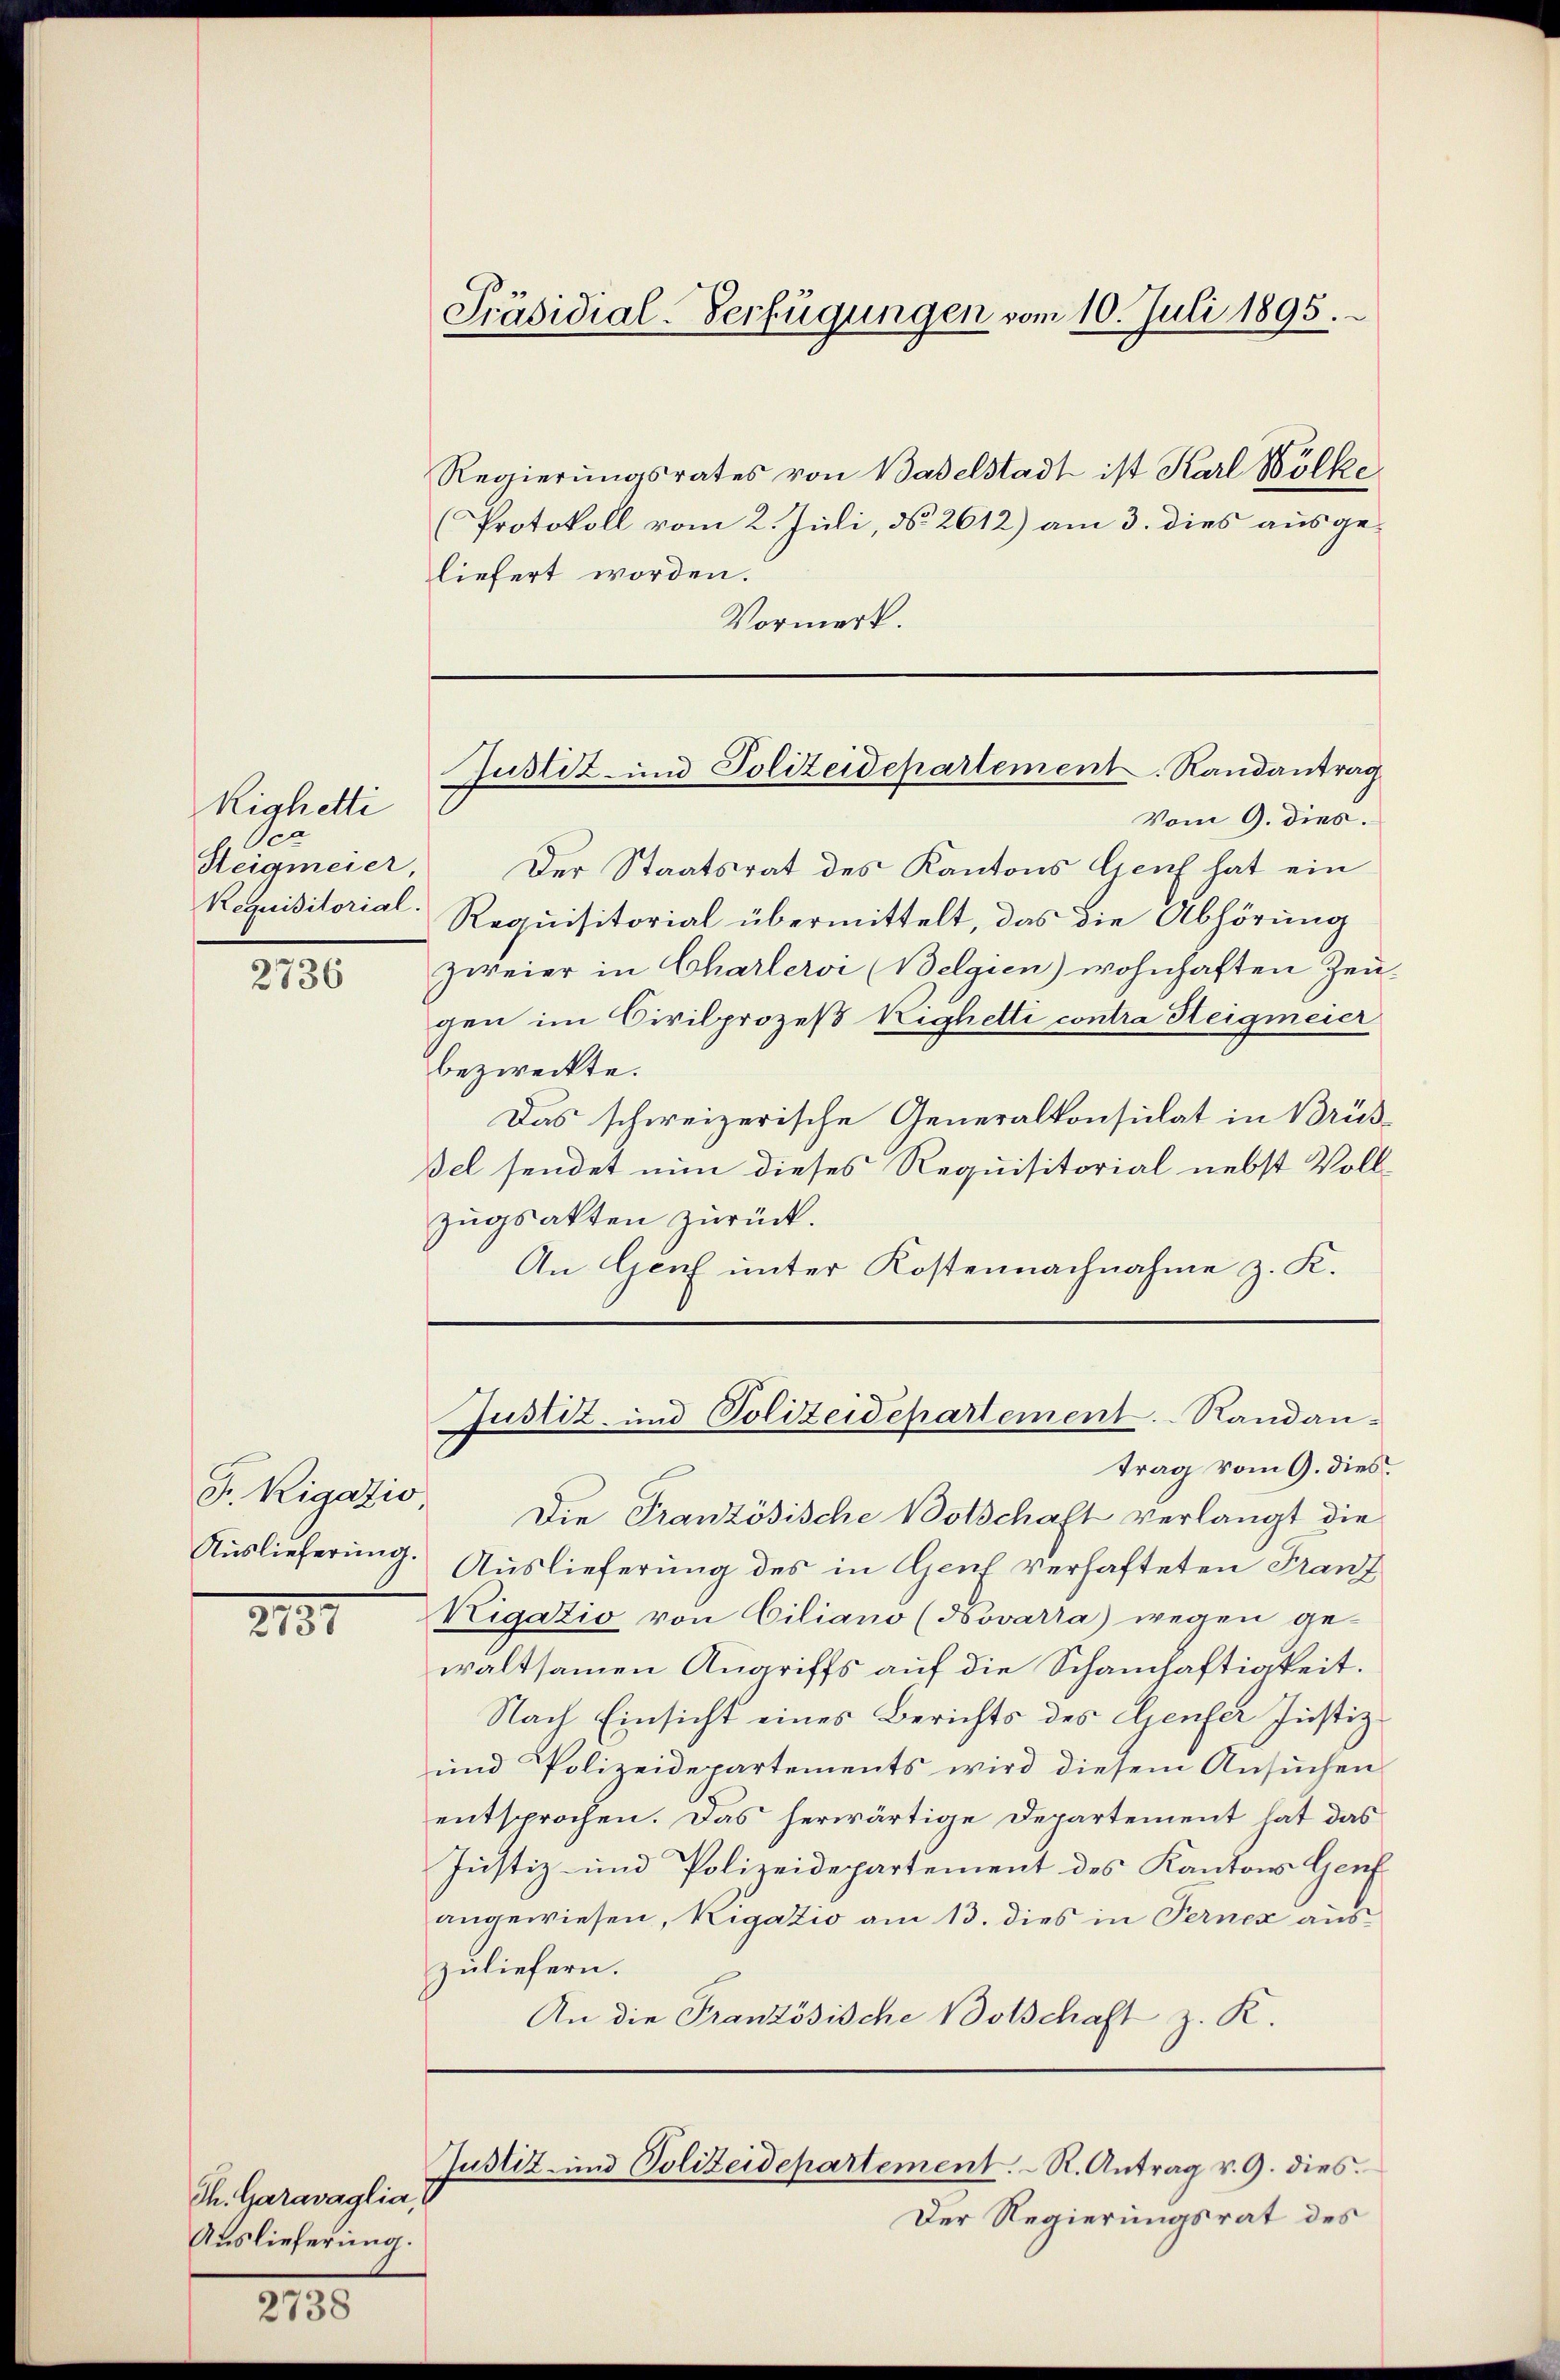
Righetti
Sen
Requisitorial.

2736

F. Rigatio
Auslieferung.

2131

2738

Regierungsrates von Baselstadt ist Karl Wölke
(Protokoll vom 2. Juli, No. 2612) am 3. dies ausgeliefert worden.
Vormerk.

Vom 9. dies
Steigmeier, Der Staatsrat des Kantons Genf hat ein
Requisitorial übermittelt, das die Abhörung
zweier in Charlervi (Belgien) wohnhaften Zeugen im Civilprozeß Righetti contra Steigmeier
bezweckte.
Das schweizerische Generalkonsulat in Brüsßel sendet nun dieses Requisitorial nebst Vollzŭgsakten zurück.
An Genf unter Kostennachnahme z. K.

Th. Garavaglia,
Auslieferung.

Präsidial-Verfügungen vom 10. Juli 1895.

Justiz- und Polizeidepartement. Randantrag

Justiz- und Polizeidepartement. Standantrag vom 9. dies

Justiz- und Polizeidepartement. R. Antrag v. 9. dies

Der Regierungsrat des

Die Französische Botschaft verlangt die
Auslieferung des in Genf verhafteten Franz
Kigatio von Ciliano (Novarra) wegen ge-
waltsamen Angriffs auf die Schamhaftigkeit.
Nach Einsicht eines Berichts des Genfer Justiz-
und Polizeidepartements wird diesem Ansuchen
entsprochen. Das herwärtige Departement hat das
Justiz- und Polizeidepartement des Kantons Genf
angewiesen, Rigatio am 13. dies in Ferner aus
zuliefern.
An die Französische Botschaft z. R.